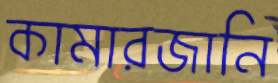
কামারজানি